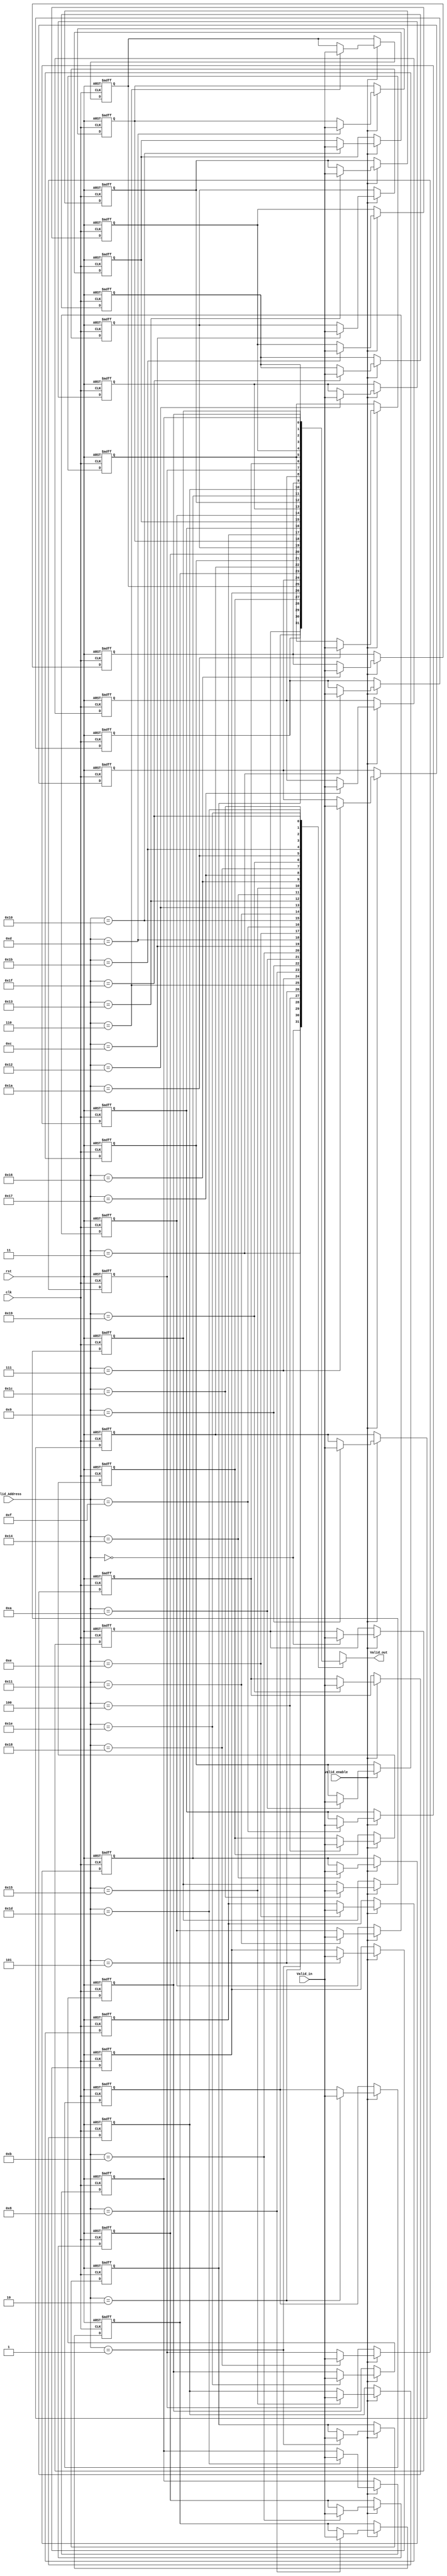
// Cache valid

module Cache_valid ( 
					 clk,
					 rst,
					 Valid_Address,
					 Valid_enable,
					 Valid_in,
					 Valid_out
					 );

	parameter mem_size = 5;

	input  clk, rst;
	input  [mem_size-1:0] Valid_Address;
	input  Valid_enable;
	input  Valid_in;
	
	output Valid_out;
	
	reg Valid [0:( 2**mem_size-1 )];
	
	assign Valid_out = Valid[Valid_Address];
	
	integer i;
	
	always @ (posedge clk or posedge rst) begin
		if (rst) 
			for (i=0;i<2**mem_size;i=i+1)
				Valid[i] <= 0;
		else if (Valid_enable)
			Valid[Valid_Address] <= Valid_in;
	end

endmodule